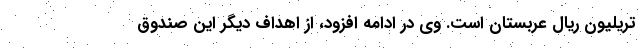
تریلیون ریال عربستان است. وی در ادامه افزود، از اهداف دیگر این صندوق